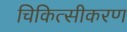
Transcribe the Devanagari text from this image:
चिकित्सीकरण